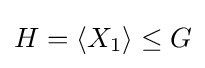
H=\langle X_{1}\rangle \leq G